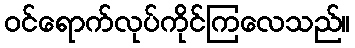
ဝင်ရောက်လုပ်ကိုင်ကြလေသည်။